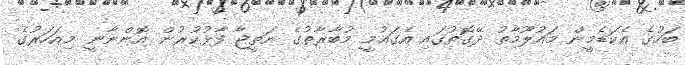
ބަހުގެ އެކަޑެމީން މައުލޫމާތު ދޭގޮތުގައި އެގައުމީ މުބާރާތުގެ ނަތީޖާ ފާޅުކުރުން އޮންނާނީ މިއަހަރުގެ